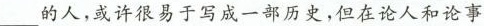
的人，或许很易于写成一部历史，但在论人和论事